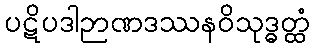
ပဋိပဒါဉာဏဒဿနဝိသုဒ္ဓတ္ထံ